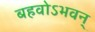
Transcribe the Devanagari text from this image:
बहवोऽभवन्